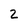
Character: 2